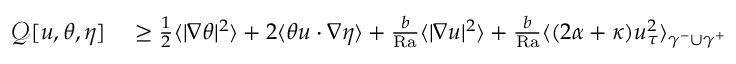
\begin{array} { r l } { \mathcal { Q } [ u , \theta , \eta ] } & { { } \geq \frac { 1 } { 2 } \langle | \nabla \theta | ^ { 2 } \rangle + 2 \langle \theta u \cdot \nabla \eta \rangle + \frac { b } { \mathrm { { R a } } } \langle | \nabla u | ^ { 2 } \rangle + \frac { b } { \mathrm { { R a } } } \langle ( 2 \alpha + \kappa ) u _ { \tau } ^ { 2 } \rangle _ { \gamma ^ { - } \cup \gamma ^ { + } } } \end{array}